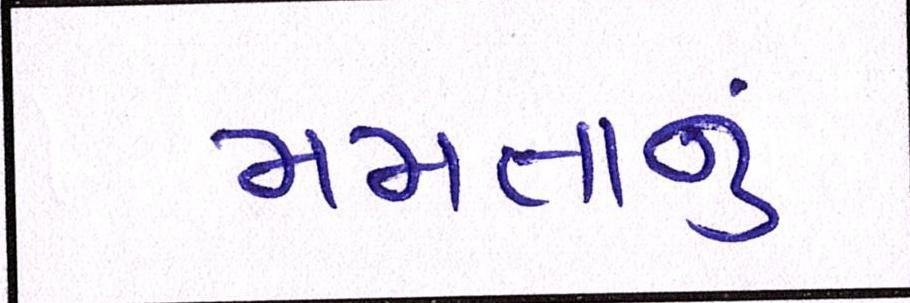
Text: મમતાનું